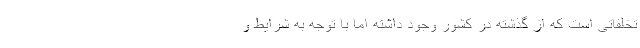
تخلفاتی است که از گذشته در کشور وجود داشته اما با توجه به شرایط و